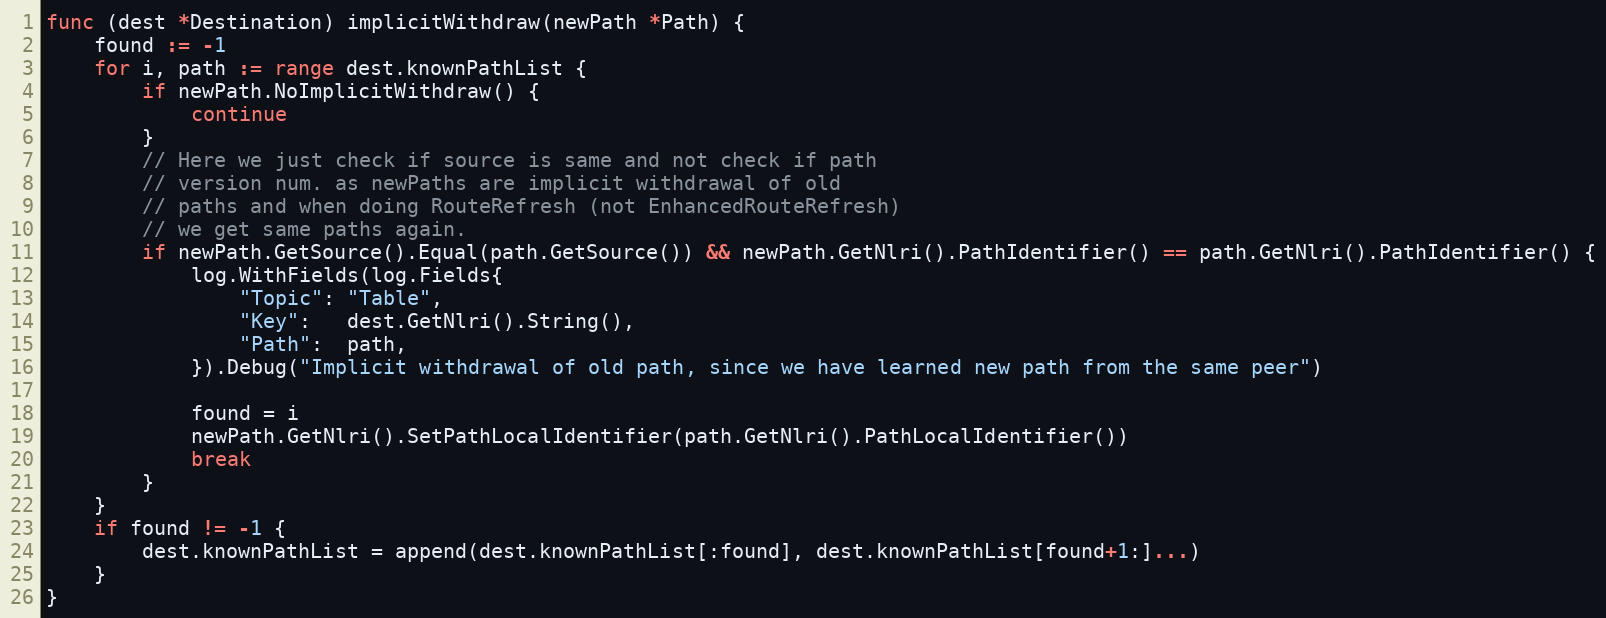
Language: Go
func (dest *Destination) implicitWithdraw(newPath *Path) {
	found := -1
	for i, path := range dest.knownPathList {
		if newPath.NoImplicitWithdraw() {
			continue
		}
		// Here we just check if source is same and not check if path
		// version num. as newPaths are implicit withdrawal of old
		// paths and when doing RouteRefresh (not EnhancedRouteRefresh)
		// we get same paths again.
		if newPath.GetSource().Equal(path.GetSource()) && newPath.GetNlri().PathIdentifier() == path.GetNlri().PathIdentifier() {
			log.WithFields(log.Fields{
				"Topic": "Table",
				"Key":   dest.GetNlri().String(),
				"Path":  path,
			}).Debug("Implicit withdrawal of old path, since we have learned new path from the same peer")

			found = i
			newPath.GetNlri().SetPathLocalIdentifier(path.GetNlri().PathLocalIdentifier())
			break
		}
	}
	if found != -1 {
		dest.knownPathList = append(dest.knownPathList[:found], dest.knownPathList[found+1:]...)
	}
}